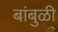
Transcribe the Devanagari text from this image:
बांबुळी